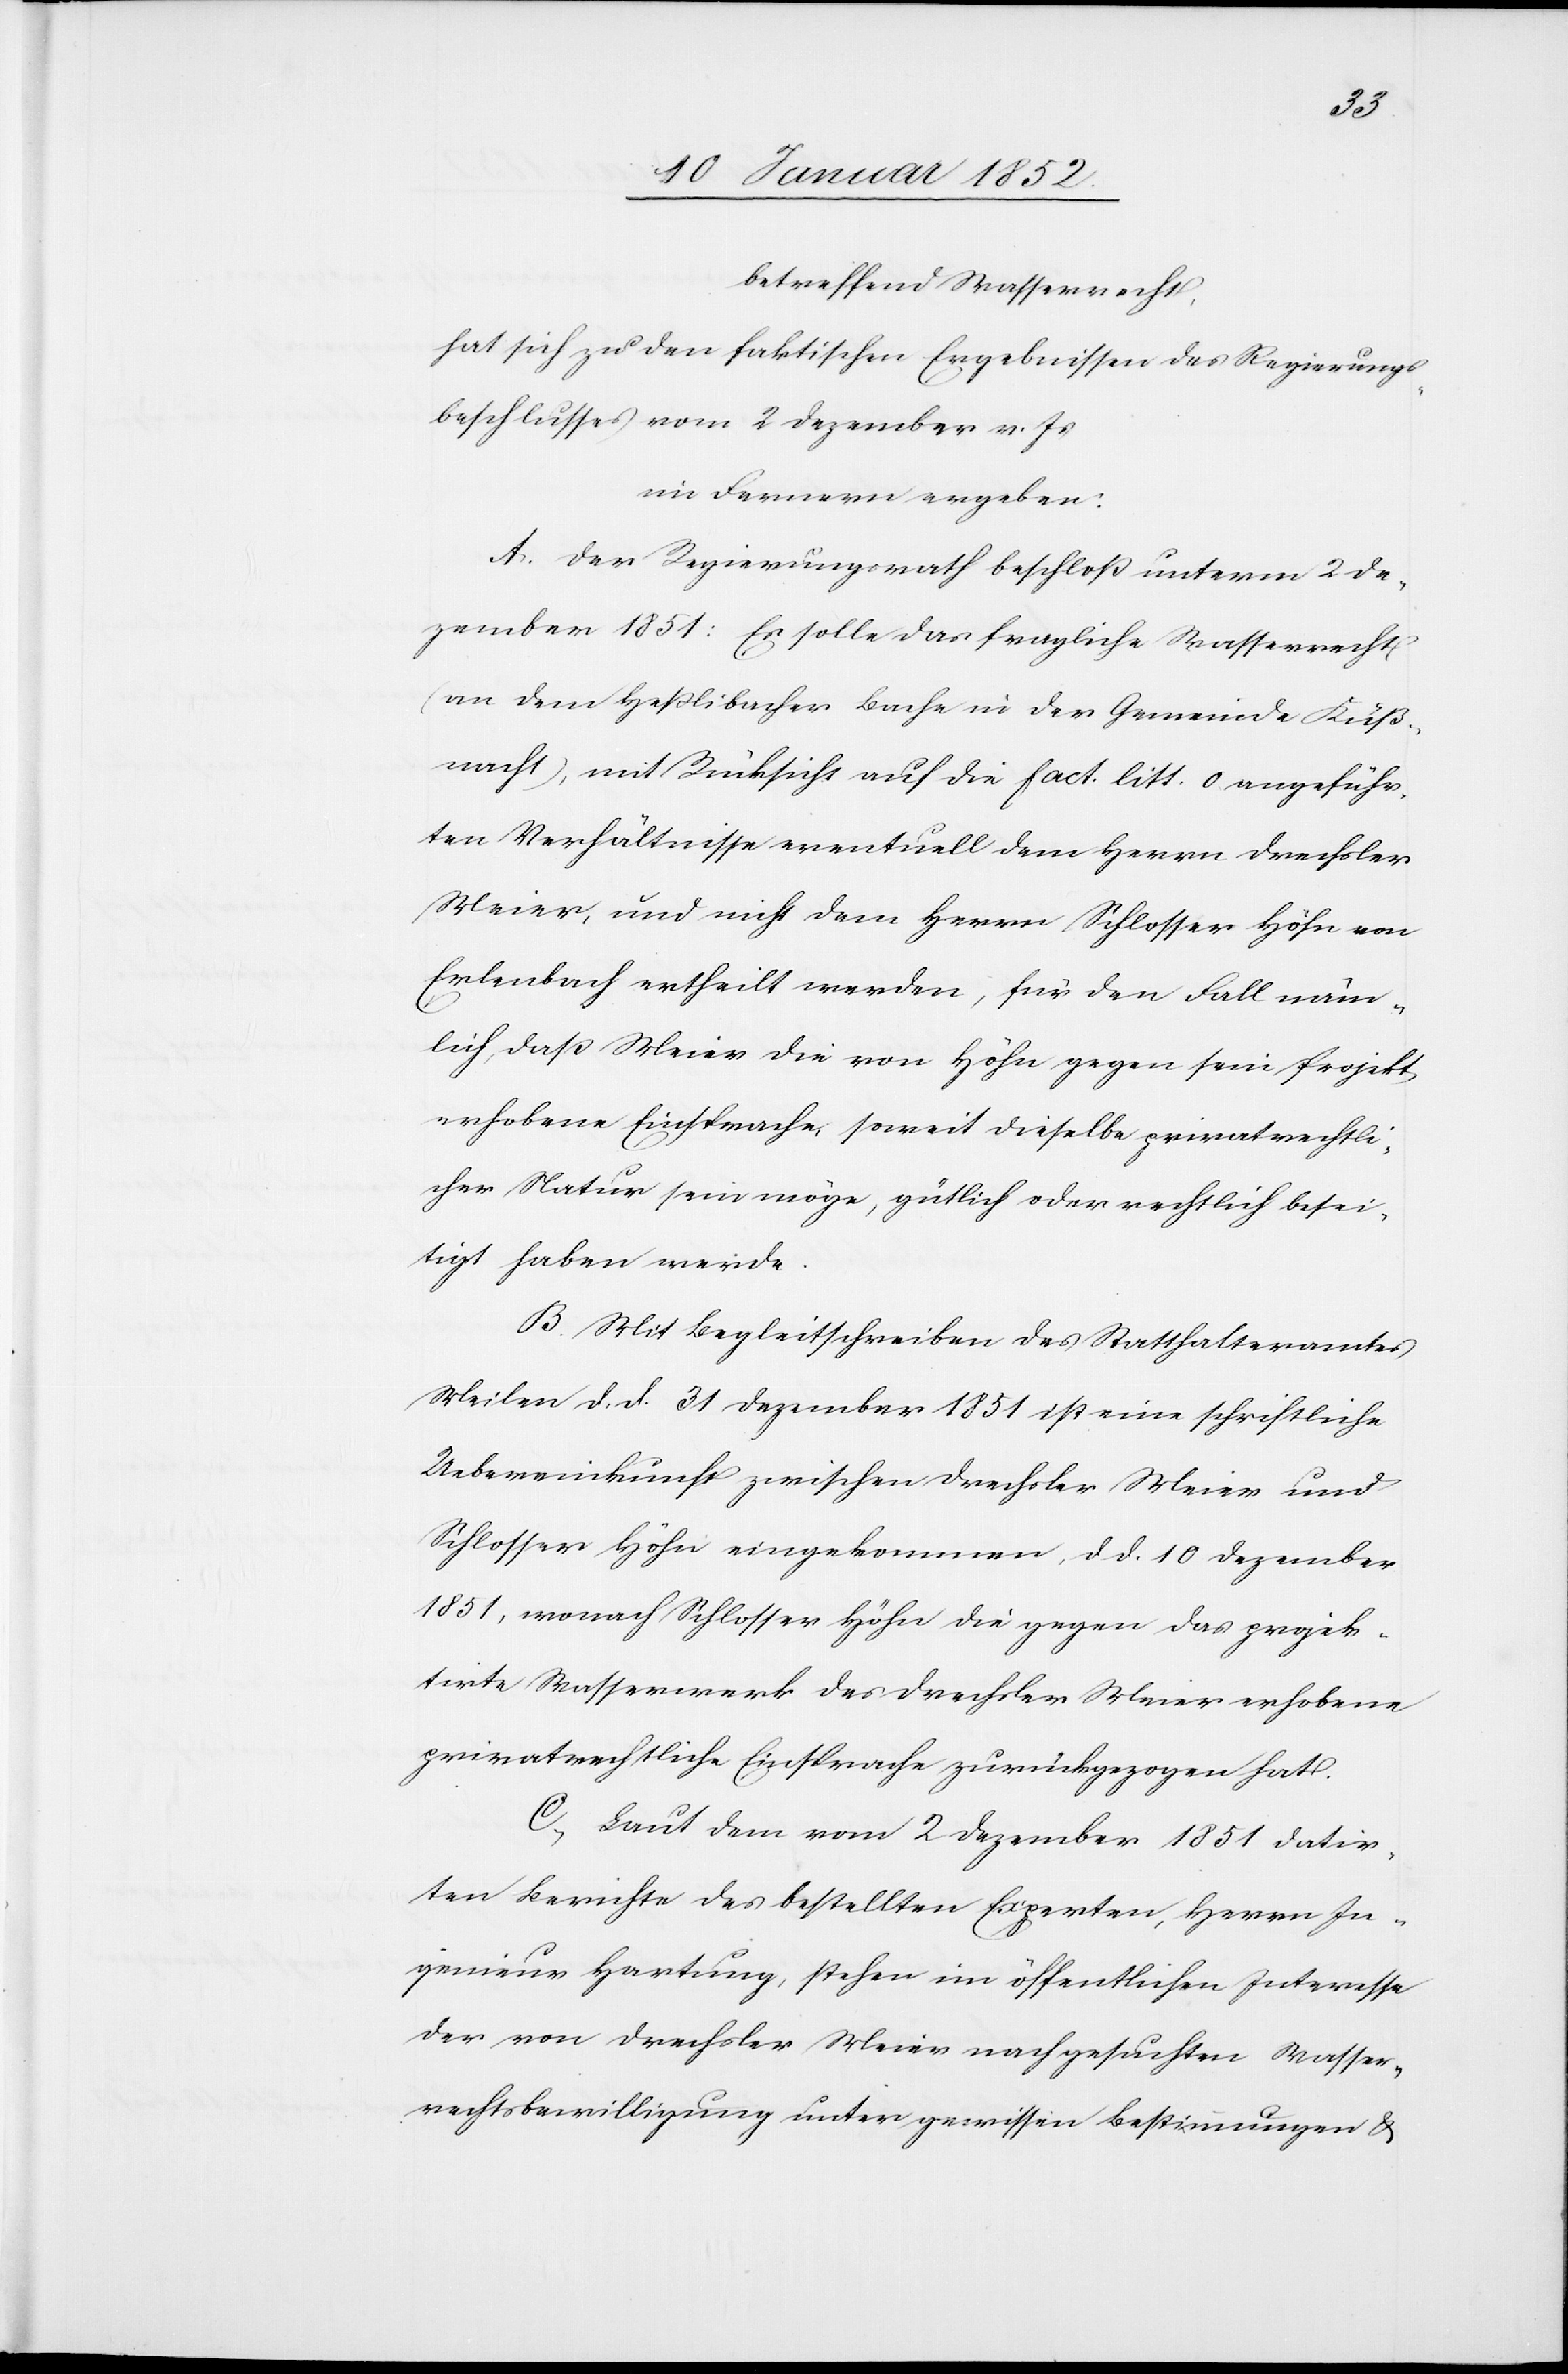
betreffend Wasserrecht,
hat sich zu den faktischen Ergebnissen des Regierungs¬
beschlusses vom 2 Dezember v. Js
im Fernern ergeben:
A. Der Regierungsrath beschloß unterm 2 De¬
zember 1851: Er solle das fragliche Wasserrecht
(an dem Heßlibacher Bache in der Gemeinde Küß¬
nacht), mit Rücksicht auf die fact. litt. o angeführ¬
ten Verhältnisse eventuell dem Herrn Drechsler
Meier, und nicht dem Herrn Schlosser Höhn von
Erlenbach ertheilt werden, für den Fall näm¬
lich, daß Meier die von Höhn gegen sein Projekt
erhobene Einsprache, soweit dieselbe privatrechtli¬
cher Natur sein möge, gütlich oder rechtlich besei¬
tigt haben werde.
B. Mit Begleitschreiben des Statthalteramtes
Meilen d. d. 21 Dezember 1851 ist eine schriftliche
Uebereinkunft zwischen Drechsler Meier und
Schlosser Höhn eingekommen, d. d. 10 Dezember
1851, wonach Schlosser Höhn die gegen das projek¬
tirte Wasserwerk des Drechsler Meier erhobene
privatrechtliche Einsprache zurückgezogen hat.
C, Laut dem vom 2 Dezember 1851 datir¬
ten Berichte des bestellten Experten Herrn In¬
genieur Hartung, stehen im öffentlichen Interesse
der von Drechsler Meier nachgesuchten Wasser¬
rechtsbewilligung unter gewissen Bestimmungen &